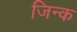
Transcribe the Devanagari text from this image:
जिन्क